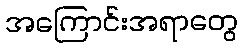
အကြောင်းအရာတွေ